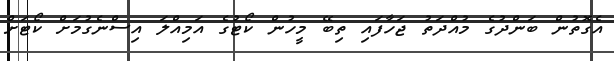
އެގޮތުން ބަންދުގެ މުއްދަތު ޖަހާފައި ތިބޭ މީހުން ކޯޓުގެ އަމިއްލަ އިސްނެގުމަށް ކޯޓަށް